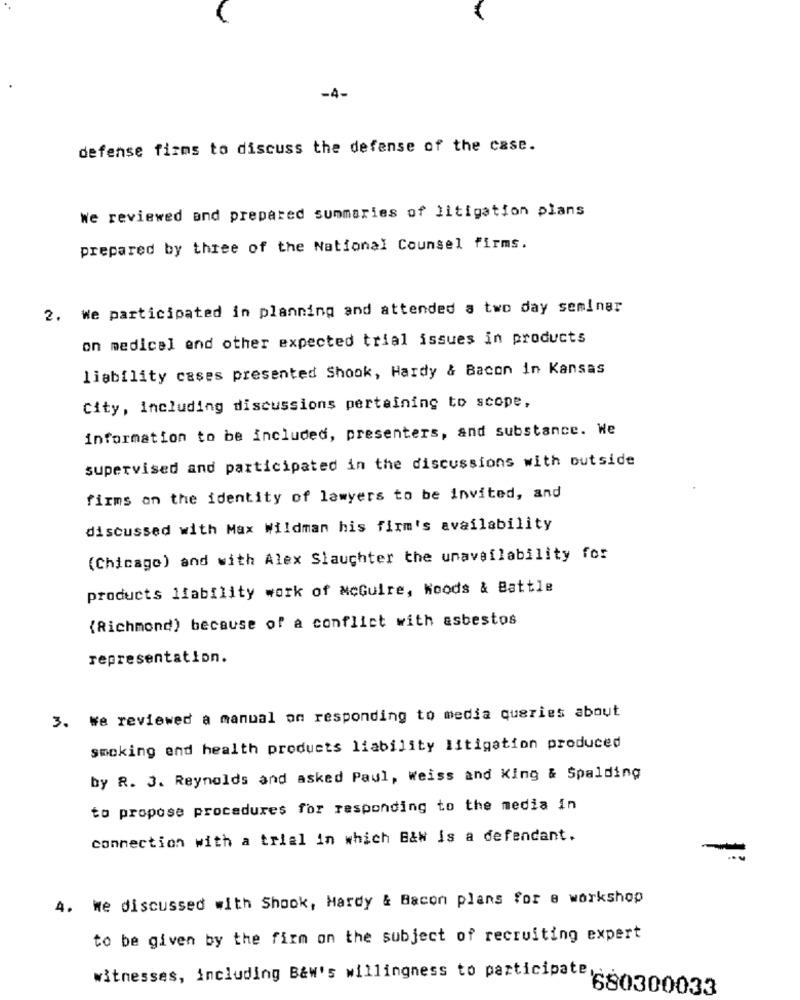
-4-
defense firms to discuss the defense of the case.
We reviewed and prepared summaries of litigation plans
prepared by three of the National Counsel firms.
2. We participated in planning and attended a two day seminer
on medical and other expected trial issues in products
liability cases presented Shook, Hardy & Bacon in Kansas
City, Including discussions pertaining to scope,
information to be included, presenters, and substance. We
supervised and participated in the discussions with outside
firms on the identity of lawyers to be invited, and
discussed with Max Wildman his firm's availability
(Chicago) and with Alex Slaughter the unavailability for
products liability work of McGuire, Woods & Battle
{Richmond) because of a conflict with asbestos
representation.
3. We reviewed a manual on responding to media queries about
smoking end health products liability litigation produced
by R. J. Reynolds and asked Paul, weiss and King & Spalding
to propose procedures for responding to the media in
connection with a trial in which B&W is a defendant.
4. We discussed with Shook, Hardy & Bacon plans for a workshop
to be given by the firm on the subject of recruiting expert
witnesses, including B&w's willingness to participa .680300033